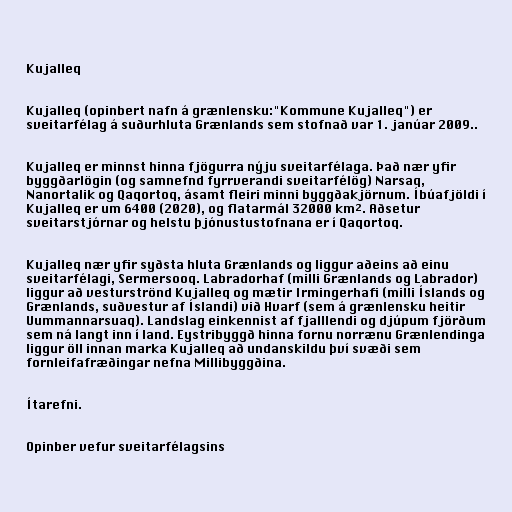
Kujalleq

Kujalleq (opinbert nafn á grænlensku:"Kommune Kujalleq") er
sveitarfélag á suðurhluta Grænlands sem stofnað var 1. janúar 2009..

Kujalleq er minnst hinna fjögurra nýju sveitarfélaga. Það nær yfir
byggðarlögin (og samnefnd fyrrverandi sveitarfélög) Narsaq,
Nanortalik og Qaqortoq, ásamt fleiri minni byggðakjörnum. Íbúafjöldi í
Kujalleq er um 6400 (2020), og flatarmál 32000 km². Aðsetur
sveitarstjórnar og helstu þjónustustofnana er í Qaqortoq.

Kujalleq nær yfir syðsta hluta Grænlands og liggur aðeins að einu
sveitarfélagi, Sermersooq. Labradorhaf (milli Grænlands og Labrador)
liggur að vesturströnd Kujalleq og mætir Irmingerhafi (milli Íslands og
Grænlands, suðvestur af Íslandi) við Hvarf (sem á grænlensku heitir
Uummannarsuaq). Landslag einkennist af fjalllendi og djúpum fjörðum
sem ná langt inn í land. Eystribyggð hinna fornu norrænu Grænlendinga
liggur öll innan marka Kujalleq að undanskildu því svæði sem
fornleifafræðingar nefna Millibyggðina.

Ítarefni.

Opinber vefur sveitarfélagsins